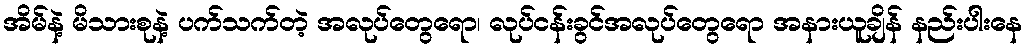
အိမ်နဲ့ မိသားစုနဲ့ ပက်သက်တဲ့ အလုပ်တွေရော၊ လုပ်ငန်းခွင်အလုပ်တွေရော အနားယူချိန် နည်းပါးနေ